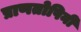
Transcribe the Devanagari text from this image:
प्राणतोषिनी